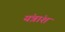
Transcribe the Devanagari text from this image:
यंत्रांश